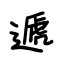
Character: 遞